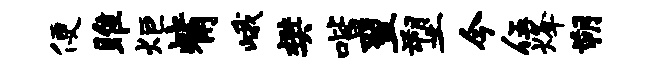
便雎炬觜峨樊喈翌塑今伍烽朔